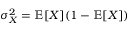
\sigma _ { X } ^ { 2 } = \mathbb { E } [ X ] ( 1 - \mathbb { E } [ X ] )